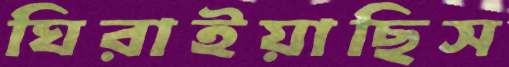
ঘিরাইয়াছিস